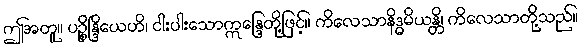
ဤအတူ။ ပဉ္စိန္ဒြိယေဟိ၊ ငါးပါးသောဣန္ဒြေတို့ဖြင့်။ ကိလေသာနိဒ္ဓမိယန္တိ၊ ကိလေသာတို့သည်။